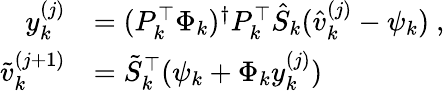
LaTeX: \begin{array}{rl}{y_{k}^{(j)}}&{=(P_{k}^{\top}\Phi_{k})^{\dagger}P_{k}^{\top}\hat{S}_{k}(\hat{v}_{k}^{(j)}-\psi_{k})\mathrm{~,}}\\ {\tilde{v}_{k}^{(j+1)}}&{=\tilde{S}_{k}^{\top}(\psi_{k}+\Phi_{k}y_{k}^{(j)})}\end{array}